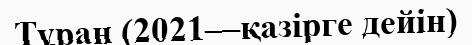
Тұран (2021—қазірге дейін)